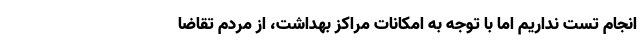
انجام تست نداریم اما با توجه به امکانات مراکز بهداشت، از مردم تقاضا